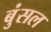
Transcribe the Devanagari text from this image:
बुंसल